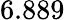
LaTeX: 6.889